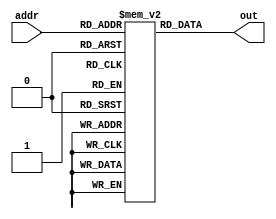
`timescale 1ns / 1ps
//////////////////////////////////////////////////////////////////////////////////
// Company: 
// Engineer: 
// 
// Design Name: 
// Module Name: instr_mem
// Project Name: 
// Target Devices: 
// Tool Versions: 
// Description: 
// 
// Dependencies: 
// 
// Revision:
// Revision 0.01 - File Created
// Additional Comments:
// 
//////////////////////////////////////////////////////////////////////////////////


module instr_mem(
    input  [8:0] addr,
    output reg [31:0] out
);

reg [31:0] mem [0:511];

    initial begin
        mem[0] = 32'h00a000b7;
        mem[1] = 32'h003000d7;
        mem[2] = 32'hFFF000F7;
        mem[3] = 32'h33300117;
        mem[4] = 32'h00300137;
        mem[5] = 32'h0000001f;
        mem[6] = 32'h00031420;
        mem[7] = 32'h00031442;
        mem[8] = 32'h00041c66;
        mem[9] = 32'h00041c87;
        mem[10] = 32'h00041c28;
        mem[11] = 32'h00001c49;
        mem[12] = 32'h0004a06a;
        mem[13] = 32'h0000001f;
    end
always @* begin
    out = mem[addr[8:0]];    
end

endmodule